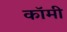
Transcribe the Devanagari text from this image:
कॉमी